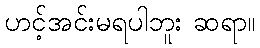
ဟင့်အင်းမရပါဘူး ဆရာ။